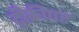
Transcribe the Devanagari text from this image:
ट्रीक्रीपर